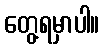
တွေ့ရမှာပါ။